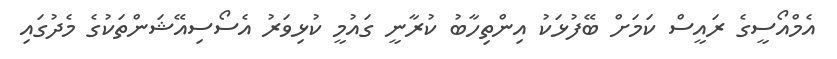
އެމްއޯސީގެ ރައީސް ކަމަަށް ބޭފުޅަކު އިންތިހާބު ކުރާނީ ގައުމީ ކުޅިވަރު އެސޯސިއޭޝަންތަކުގެ މެދުގައި